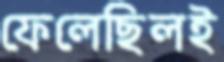
ফেলেছিলই